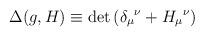
LaTeX: \begin{align*}\Delta (g, H) \equiv \det{\left( \delta_{\mu} {}^\nu + H_{\mu} {}^\nu \right)}\end{align*}